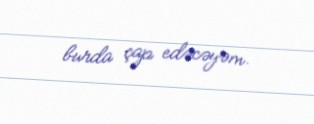
burda çap edəcəyəm.